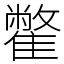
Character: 䨆